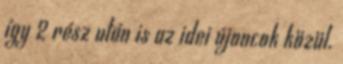
így 2 rész után is az idei újoncok közül.